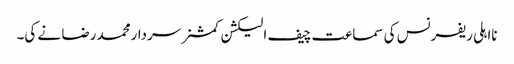
نااہلی ریفرنس کی سماعت چیف الیکشن کمشنر سردارمحمد رضا نے کی۔